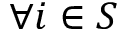
\forall i \in S